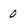
Character: 0